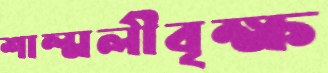
শাল্মলীবৃক্ষ